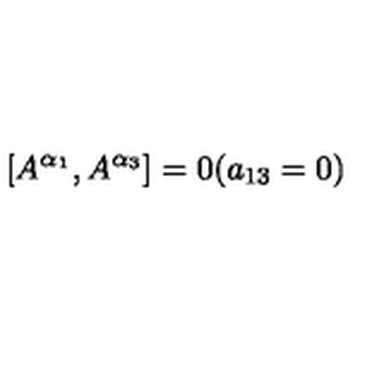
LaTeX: \left[ A ^ { \alpha _ { 1 } } , A ^ { \alpha _ { 3 } } \right] = 0 ( a _ { 1 3 } = 0 )